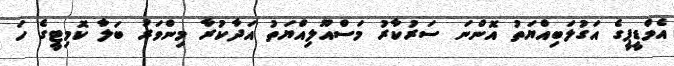
އެމްޑީޕީގެ އަގުލަބިއްޔަތު އޮންނަ ސަރުކާރު މަސްއޫލިއްޔަތު އަދާކުރާ މިންވަރު ބަލާ ކޮމިޓީގެ ހަ